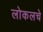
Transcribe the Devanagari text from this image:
लोकलचे